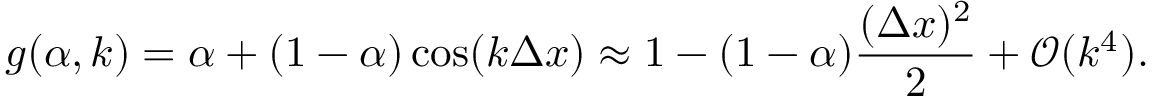
g ( \alpha , k ) = \alpha + ( 1 - \alpha ) \cos ( k \Delta x ) \approx 1 - ( 1 - \alpha ) \frac { ( \Delta x ) ^ { 2 } } { 2 } + \mathcal { O } ( k ^ { 4 } ) .